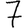
Digit: 7